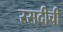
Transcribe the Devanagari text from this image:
रसदीची